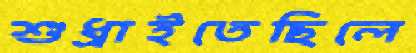
শুধ্‌রাইতেছিলে